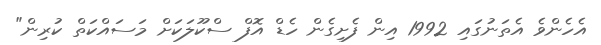
އެހެންވެ އެތަނުގައި 1992 އިން ފެށިގެން ހެޑް އޮފް ސްކޫލަކަށް މަސައްކަތް ކުރިން"